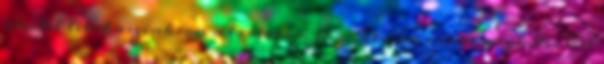
átvitel lehet aszinkron a tartalom formátuma nincs megkötve Cél